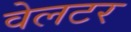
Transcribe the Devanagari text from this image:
वेलटर